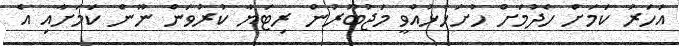
އަހަރު ކަމަށް ހެދުމަށް ހުށަހެޅުއްވީ މަޖުބޫރުން ރިޓަޔާ ކުރުވަން ނޫން ކަމަށާއި އެ